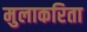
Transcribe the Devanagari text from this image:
मुलाकरिता